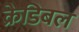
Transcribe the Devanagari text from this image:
क्रेडिबल